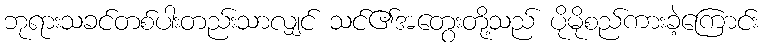
ဘုရားသခင်တစ်ပါးတည်းသာလျှင် သင်၏အတွေးတို့သည် ပိုမိုစည်ကားခဲ့ကြောင်း